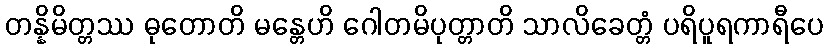
တန္နိမိတ္တဿ ဓုတောတိ မန္တေဟိ ဂေါတမိပုတ္တာတိ သာလိခေတ္တံ ပရိပူရကာရီပေ